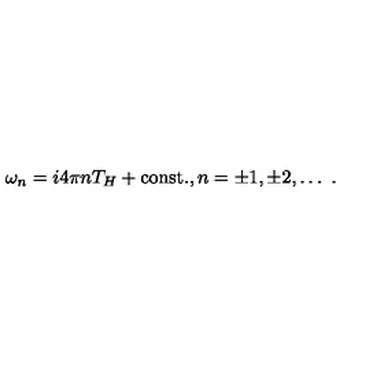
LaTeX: \omega _ { n } = i 4 \pi n T _ { H } + \mathrm { c o n s t . } , n = \pm 1 , \pm 2 , \ldots \ .